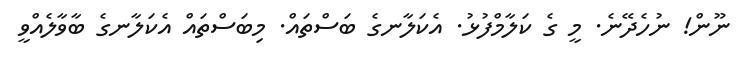
ނޫން! ނުހެދޭނެ. މީ ގެ ކަލާމްފުޅު. އެކަލާނގެ ބަސްތައް. މިބަސްތައް އެކަލާނގެ ބާވާލެއްވީ